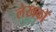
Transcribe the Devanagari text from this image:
लेखकोँ